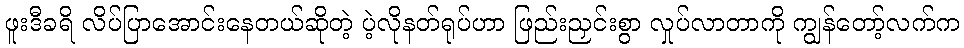
ဖူးဒီခရိ လိပ်ပြာအောင်းနေတယ်ဆိုတဲ့ ပဲ့လိုနတ်ရုပ်ဟာ ဖြည်းညှင်းစွာ လှုပ်လာတာကို ကျွန်တော့်လက်က